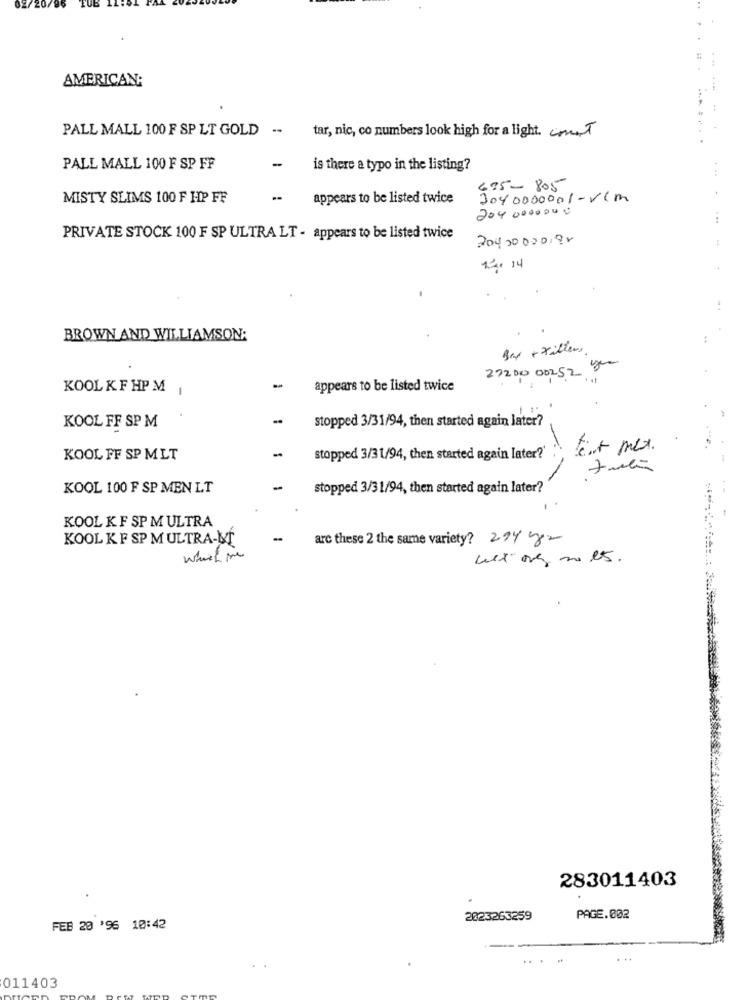
720
AMERICAN:
PALL MALL 100 F SP LT GOLD ..
tar, nic, co numbers look high for a light. count
PALL MALL 100 F SP FF
is there a typo in the listing?
695-805
MISTY SLIMS 100 F HP FF
appears to be listed twice
3040000001-vcm
204 0000000
...
PRIVATE STOCK 100 F SP ULTRA LT - appears to be listed twice
20400000.95
:
12. 14
BROWN AND WILLIAMSON:
Box + xillers.
27200 00252 X
KOOL K F HP M
appears to be listed twice
-
stopped 3/31/94, then started again later?
KOOL FF SP M
text mex.
KOOL FF SP MLT
stopped 3/31/94, then started again later?'
KOOL 100 F SP MEN LT
stopped 3/31/94, then started again later?
KOOL K F SP M ULTRA
KOOL KF SP M ULTRA-MÍ
are these 2 the same variety? 294 y
283011403
2023263259
PAGE.002
FEB 20 '96 10:42
011403